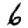
Digit: 6